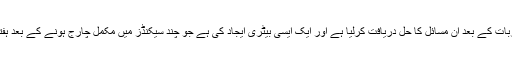
یونیورسٹی آف سینٹرل فلوریڈا کے محققین نے مسلسل تجربات کے بعد ان مسائل کا حل دریافت کرلیا ہے اور ایک ایسی بیٹری ایجاد کی ہے جو چند سیکنڈز میں مکمل چارج ہونے کے بعد ہفتے بھر تک آپ کی ڈیوائس کو توانائی فراہم کرسکتی ہے۔